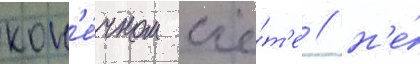
кон'е́чном счё́т'е / н'е́